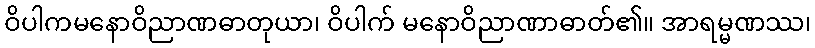
ဝိပါကမနောဝိညာဏဓာတုယာ၊ ဝိပါက် မနောဝိညာဏာဓာတ်၏။ အာရမ္မဏဿ၊